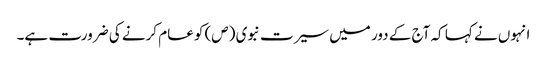
انہوں نے کہا کہ آج کے دور میں سیرت نبوی (ص) کو عام کرنے کی ضرورت ہے۔